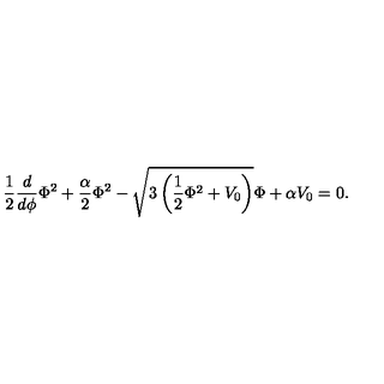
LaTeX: { \frac { 1 } { 2 } \frac { d } { d \phi } \Phi ^ { 2 } + \frac { \alpha } { 2 } \Phi ^ { 2 } - \sqrt { 3 \left( \frac { 1 } { 2 } \Phi ^ { 2 } + V _ { 0 } \right) } \Phi + \alpha V _ { 0 } = 0 . }